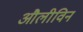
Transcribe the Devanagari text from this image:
औलीविन